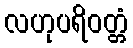
လဟုပရိဝတ္တံ